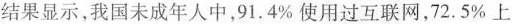
结果显示，我国未成年人中，91。4%使用过互联网，72.5%上